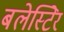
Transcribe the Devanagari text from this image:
बलेस्टिेर